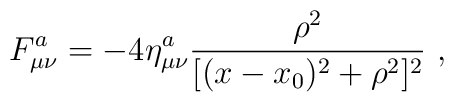
F^a_{\mu\nu}= - 4 \eta^a_{\mu\nu} \frac{\rho^2}{[( x - x_0 )^2 + \rho^2]^2} \ ,